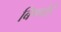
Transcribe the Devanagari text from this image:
बिष्णोई